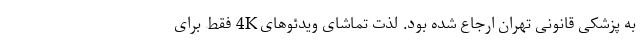
به پزشکی قانونی تهران ارجاع شده بود. لذت تماشای ویدئوهای 4K فقط برای